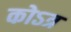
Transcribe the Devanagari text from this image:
कोऽत्र